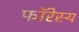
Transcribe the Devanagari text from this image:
फॉरेस्य